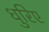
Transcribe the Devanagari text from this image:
धुरिए